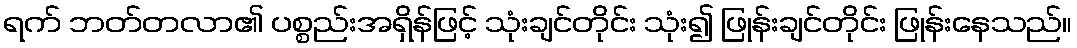
ရက် ဘတ်တလာ၏ ပစ္စည်းအရှိန်ဖြင့် သုံးချင်တိုင်း သုံး၍ ဖြုန်းချင်တိုင်း ဖြုန်းနေသည်။